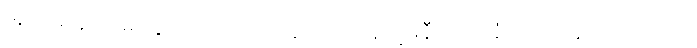
အဘိဓာန် ကျမ်းတွင် သာဝဏော၊ နံကာလ၊ နိက္ခမနီယော၊ နံကာလဟူ၍ ပရိယာယ်